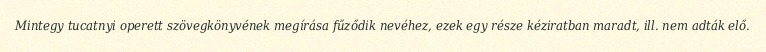
Mintegy tucatnyi operett szövegkönyvének megírása fűződik nevéhez, ezek egy része kéziratban maradt, ill. nem adták elő.